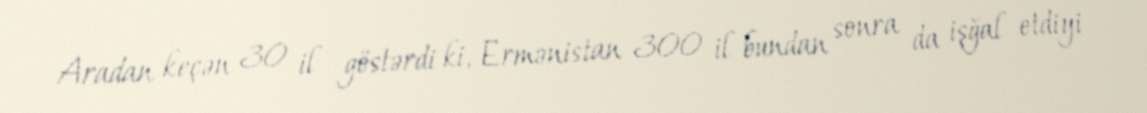
Aradan keçən 30 il göstərdi ki, Ermənistan 300 il bundan sonra da işğal etdiyi